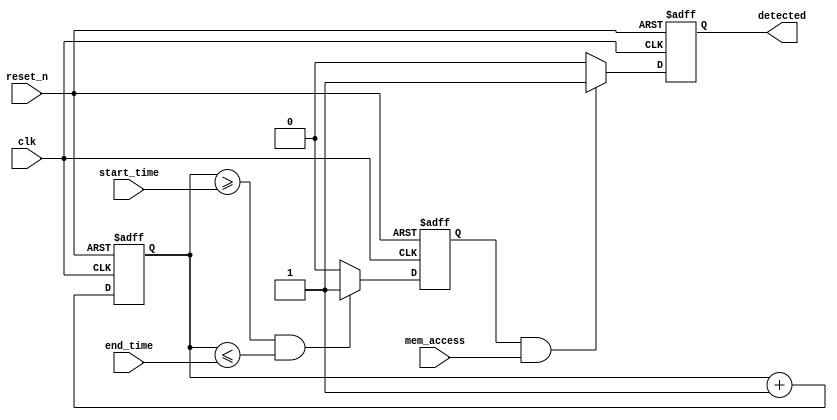
module TimeWindowDetector (
    input wire clk,                     // System clock
    input wire reset_n,                 // Active low reset
    input wire mem_access,              // Memory access signal (read/write)
    input wire [7:0] start_time,        // Start time of the window
    input wire [7:0] end_time,          // End time of the window
    output reg detected                 // Output signal indicating detection
);

    reg [7:0] time_counter;             // Time counter
    reg in_window;                      // Flag to indicate if current time is in the window

    // Asynchronous reset and time counter logic
    always @(posedge clk or negedge reset_n) begin
        if (!reset_n) begin
            time_counter <= 8'b0;       // Reset time counter
            detected <= 1'b0;           // Reset detected signal
            in_window <= 1'b0;          // Reset in_window flag
        end else begin
            time_counter <= time_counter + 1; // Increment time counter
            
            // Check if the current time is within the defined time window
            if (time_counter >= start_time && time_counter <= end_time) begin
                in_window <= 1'b1;       // Current time is within the window
            end else begin
                in_window <= 1'b0;       // Current time is outside the window
            end
            
            // Detection logic
            if (in_window && mem_access) begin
                detected <= 1'b1;         // Memory access detected within the time window
            end else begin
                detected <= 1'b0;         // No detection
            end
        end
    end

endmodule